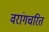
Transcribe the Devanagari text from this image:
वरांगचरित